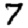
Digit: 7